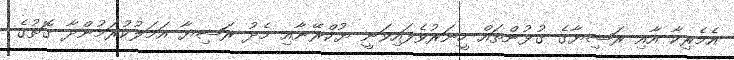
އެމެރިކާ އާއި ރަޝިޔާގެ ގުޅުންތައް ހީނަރުވެފައިވަނީ ޔުކްރޭނާއި މެދު ރަޝިޔާ އަމަލުކުރަމުންދާ ގޮތުގެ